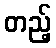
တည့်